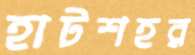
হাটশহর